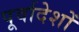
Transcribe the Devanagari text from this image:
पूर्वादेशों